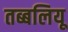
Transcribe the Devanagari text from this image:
तब्बलियू